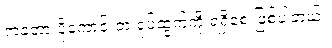
ကတော့ ပိုကောင်းတဲ့ ရုပ်ထွက်ကို ရရှိစေ ဖြစ်ပါတယ်။